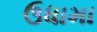
ઉધામા